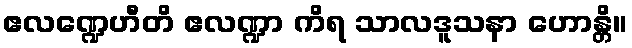
ဧလဏ္ဍေဟီတိ ဧလဏ္ဍာ ကိရ သာလဒူသနာ ဟောန္တိ။